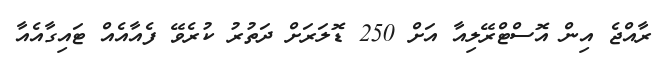
ރާއްޖެ އިން އޮސްޓްރޭލިއާ އަށް 250 ޑޮލަރަށް ދަތުރު ކުރެވޭ ފެއާއެއް ޓައިގާއެއާ